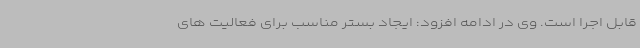
قابل اجرا است. وی در ادامه افزود: ایجاد بستر مناسب برای فعالیت های